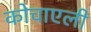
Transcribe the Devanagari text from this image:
कोचाएली